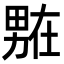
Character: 𭻟